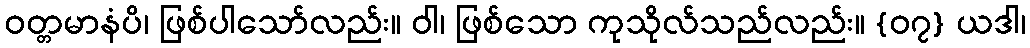
ဝတ္တမာနံပိ၊ ဖြစ်ပါသော်လည်း။ ဝါ၊ ဖြစ်သော ကုသိုလ်သည်လည်း။ {၀၇} ယဒါ၊